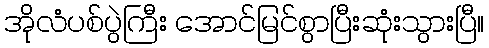
အိုလံပစ်ပွဲကြီး အောင်မြင်စွာပြီးဆုံးသွားပြီ။